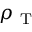
\rho _ { \mathrm { ~ T ~ } }